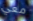
معي